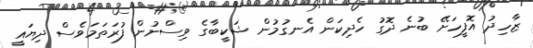
ޒާހިދު އޮފީހަށޭ ބުނެ ދޮގު ހެދިކަން އެނގުމުން ޝަކީބާގެ ވިސްނުން ފުރަތަމަވެސް ދިޔައީ